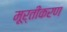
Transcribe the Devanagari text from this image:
मूर्तीकरण